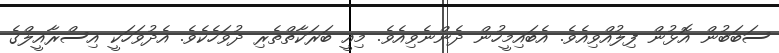
ސަބަބުން އޮޅުން ފިލުއްވިއެވެ. އެބައިމީހުން ދެންނެވިއެވެ. މިއީ ބަރަކާތްތެރި ދުވަހެކެވެ. އެދުވަހަކީ އިސްރާއީލްގެ